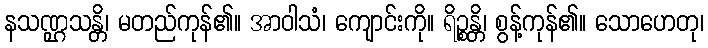
နသဏ္ဌသန္တိ၊ မတည်ကုန်၏။ အာဝါသံ၊ ကျောင်းကို။ ရိဉ္စန္တိ၊ စွန့်ကုန်၏။ သောဟေတု၊